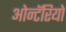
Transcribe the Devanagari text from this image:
ओन्टॅरियो